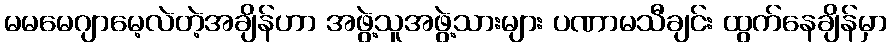
မမမေဂျာမေ့လဲတဲ့အချိန်ဟာ အဖွဲ့သူအဖွဲ့သားများ ပဏာမသီချင်း ထွက်နေချိန်မှာ